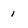
Character: 1